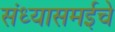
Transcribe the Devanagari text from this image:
संध्यासमईचे